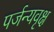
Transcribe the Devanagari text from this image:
पर्जन्यवृक्ष